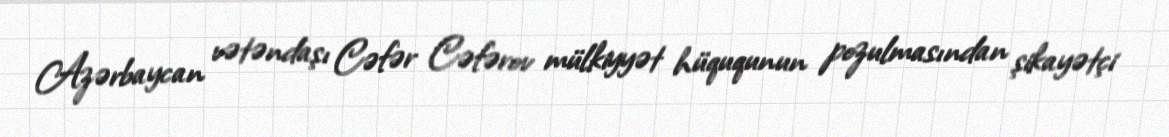
Azərbaycan vətəndaşı Cəfər Cəfərov mülkiyyət hüququnun pozulmasından şikayətçi